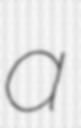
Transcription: a